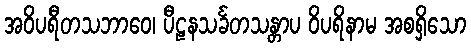
အဝိပရီတသဘာဝေ၊ ပီဠနသင်္ခတသန္တာပ ဝိပရိနာမ အစရှိသော